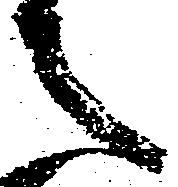
之